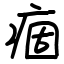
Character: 痼